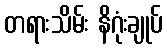
တရားသိမ်း နိဂုံးချုပ်